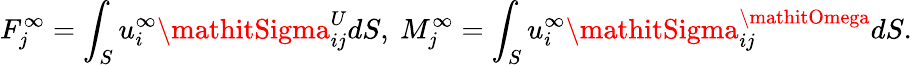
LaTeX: F_{j}^{\infty}=\int_{S}u_{i}^{\infty}\mathitSigma_{ij}^{U}dS,~M_{j}^{\infty}=\int_{S}u_{i}^{\infty}\mathitSigma_{ij}^{\mathitOmega}dS.